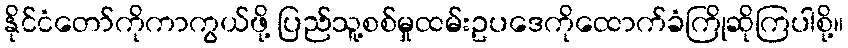
နိုင်ငံတော်ကိုကာကွယ်ဖို့ ပြည်သူ့စစ်မှုထမ်းဥပဒေကိုထောက်ခံကြိုဆိုကြပါစို့။